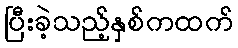
ပြီးခဲ့သည့်နှစ်ကထက်